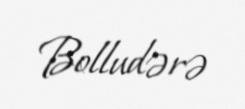
Bolludərə